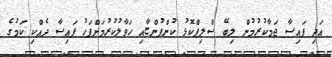
އަދި ފައިސާ ޖަމާކުރުމުން ލިބޭ ސްލިޕްކޮޅު ކުންފުންޏާއި ހަވާލުކުރުމަށްފަހު ފައިސާ ދެއްކި ކަމުގެ